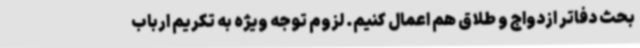
بحث دفاتر ازدواج و طلاق هم اعمال کنیم. لزوم توجه ویژه به تکریم ارباب